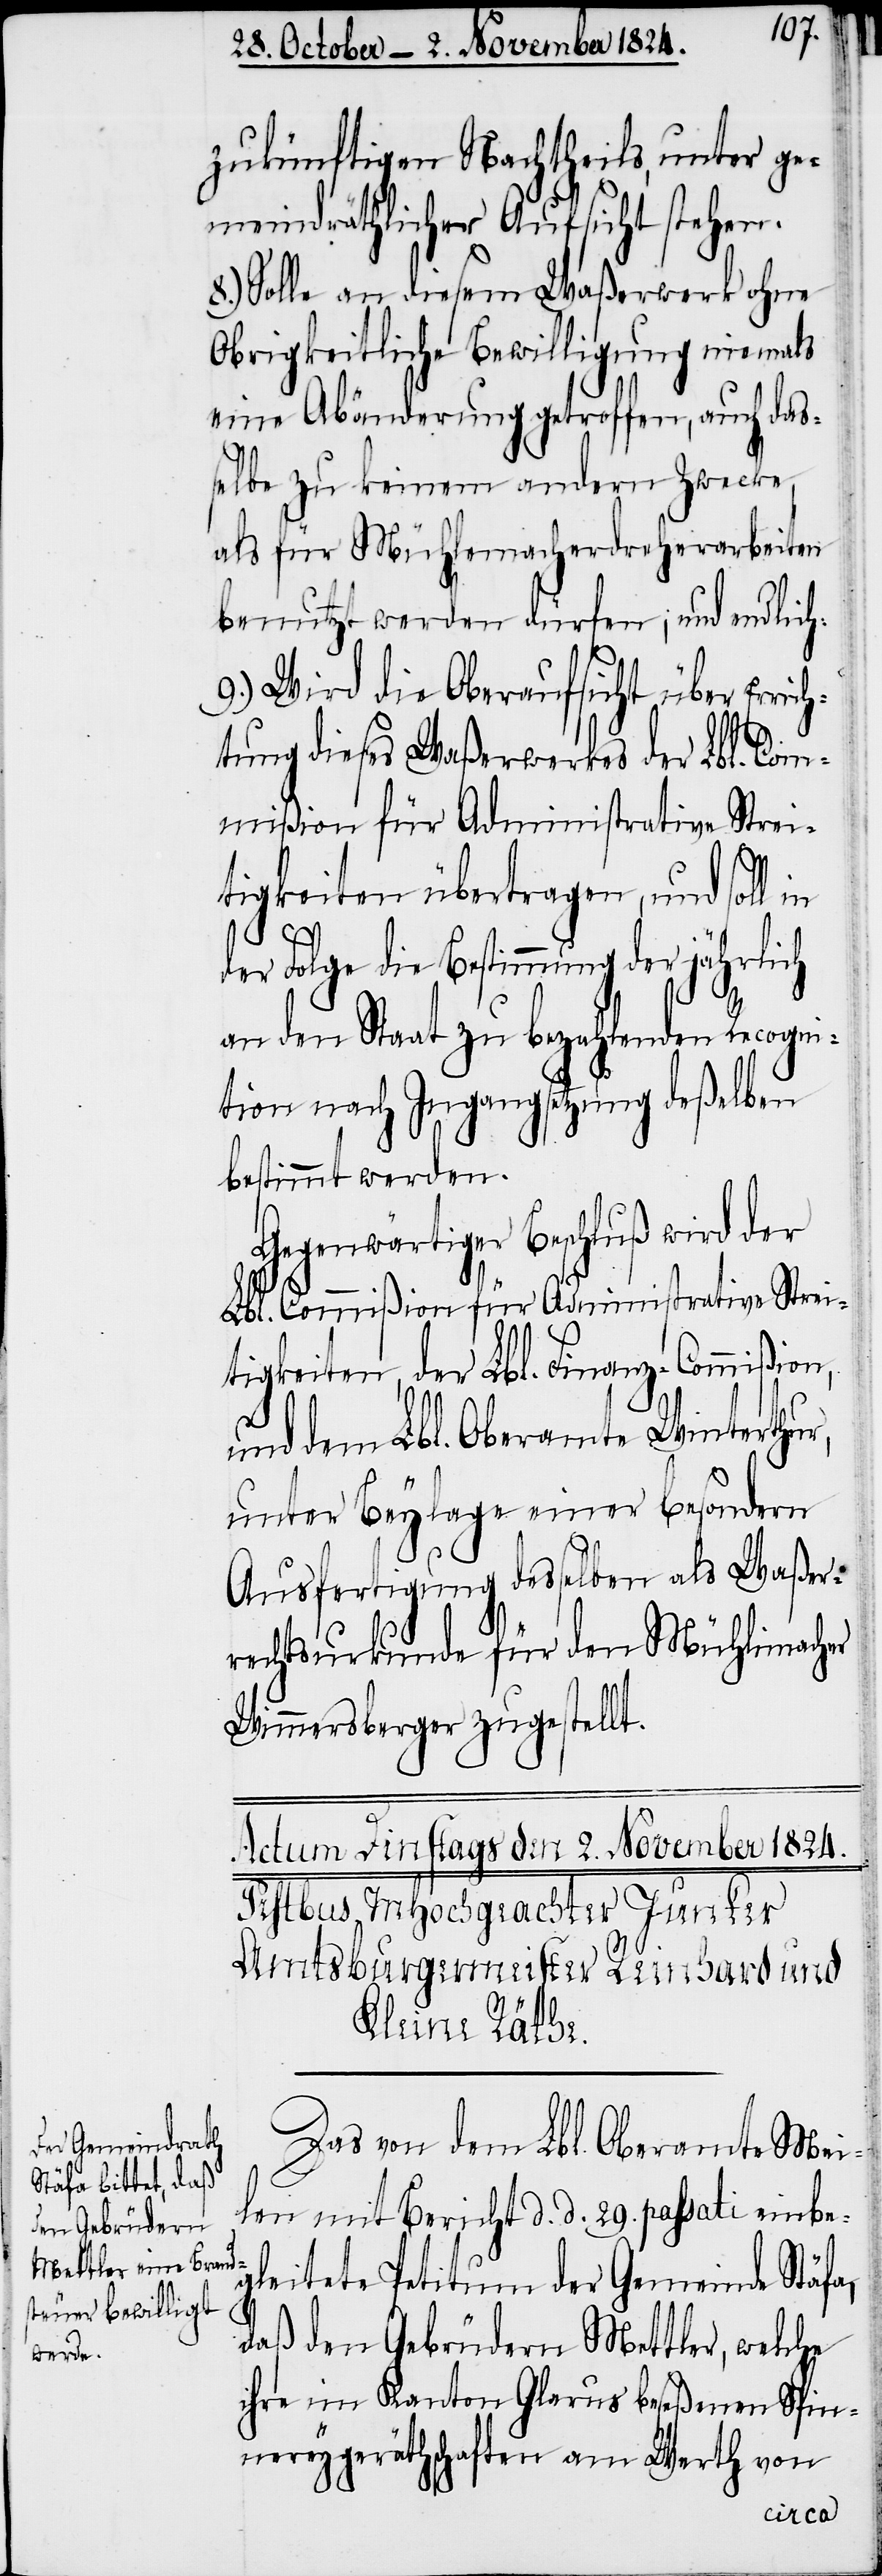
zukünftigen Nachtheils, unter ge¬
meindräthlicher Aufsicht stehen.
8.) Sollte an diesem Waßerwerk ohne
Obrigkeitliche Bewilligung niemals
eine Abänderung getroffen, auch das¬
selbe zu keinem andern Zwecke
als für Mühlemacherdreharbeiten
benutzt werden dürfen; und endlich:
9.) Wird die Oberaufsicht über Erric¬
htung dieses Waßerwerkes der Lbl. Com¬
mißion für Administrative Strei¬
tigkeiten übertragen, und soll
Ge¬
der Folge die Bestimmung der jährlich
an den Staat zu bezahlenden Recogni¬
tion nach Ingangsetzung deßelben
bestimmt werden.
genwärtiger Beschluß wird
Lbl. Commißion für Administrative Strei¬
tigkeiten, der Lbl. Finanz-Commißion,
und dem Lbl. Oberamt Winterthur,
unter Beylage einer besondern
Ausfertigung desselben als Waßer¬
rechtsurkunde für den Mühlimacher
Wimmersberger zugestellt.
Das von dem Lbl. Oberamte Mei¬
len mit Bericht d. d. 29. passati einbe¬
gleitete Petitum der Gemeinde Stäfa,
daß den Gebrüdern Mettler, welche
ihre im Kanton Glarus beseßenen Spin¬
nereygeräthschaften am Werth von